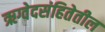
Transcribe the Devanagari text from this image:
ऋग्वेदसंहितेतील